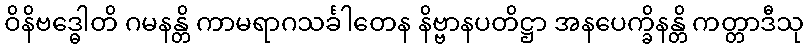
ဝိနိဗဒ္ဓေါတိ ဂမနန္တိ ကာမရာဂသင်္ခါတေန နိဗ္ဗာနပတိဋ္ဌာ အနပေက္ခိနန္တိ ကတ္တာဒီသု